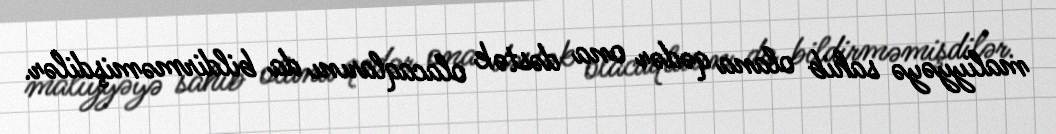
maliyyəyə sahib olana qədər ona dəstək olacaqlarını da bildirməmişdilər.